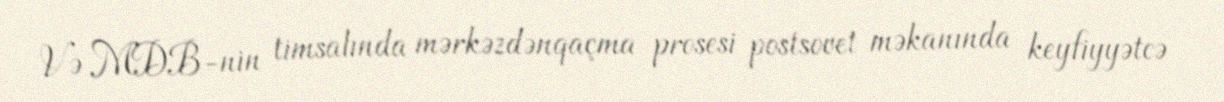
Və MDB-nin timsalında mərkəzdənqaçma prosesi postsovet məkanında keyfiyyətcə